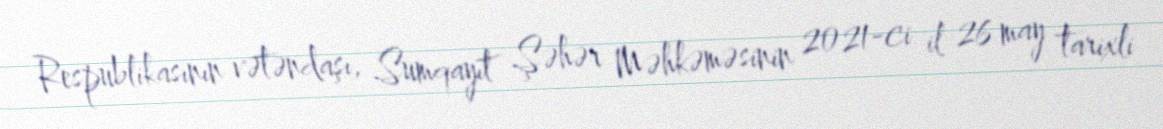
Respublikasının vətəndaşı, Sumqayıt Şəhər Məhkəməsinin 2021-ci il 26 may tarixli